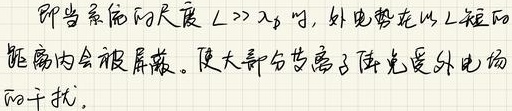
即当系统的尺度 \(L\gg\lambda_{D}\) 时，外电势在以 \(L\) 短的
距离内会被屏蔽。使大部分等离子体免受外电场
的干扰。